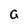
Character: a